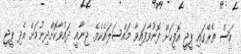
މަސް ތެރޭގައި ޕީޖީ އޮފީހަށް ފޮނުވާފައިވާ މައްސަލައެކެވެ. ޖިނާއީ ދައުވާކޮށްދިނުމަށް އެދި ޕީޖީ